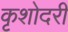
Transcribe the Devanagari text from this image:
कृशोदरी